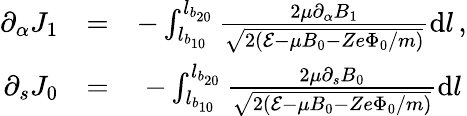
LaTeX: \begin{array}{rlr}{\partial_{\alpha}J_{1}}&{=}&{-\int_{l_{b_{10}}}^{l_{b_{20}}}\frac{2\mu\partial_{\alpha}B_{1}}{\sqrt{2({\cal E}-\mu B_{0}-Ze\Phi_{0}/m)}}\mathrm{d}l\, ,}\\ {\partial_{s}J_{0}}&{=}&{-\int_{l_{b_{10}}}^{l_{b_{20}}}\frac{2\mu\partial_{s}B_{0}}{\sqrt{2({\cal E}-\mu B_{0}-Ze\Phi_{0}/m)}}\mathrm{d}l\, }\end{array}